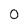
Character: 0